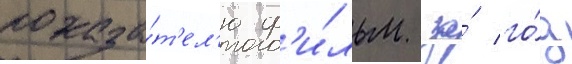
показа́т'ел'ю ф'и́льм за́ го́д